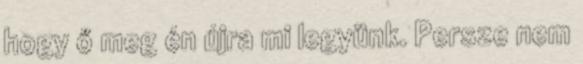
hogy ő meg én újra mi legyünk. Persze nem